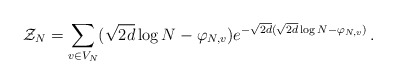
\begin{align*}\mathcal Z_N = \sum_{v\in V_N} (\sqrt{2d} \log N - \varphi_{N, v}) e^{-\sqrt{2d}(\sqrt{2d} \log N - \varphi_{N, v})}\,.\end{align*}